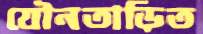
যৌনতাড়িত